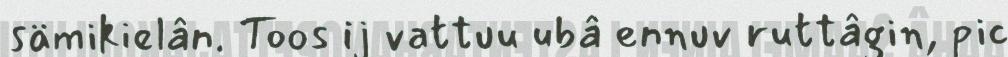
sämikielân. Toos ij vattuu ubâ ennuv ruttâgin, pic